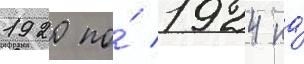
1920 по́ 1924 на́